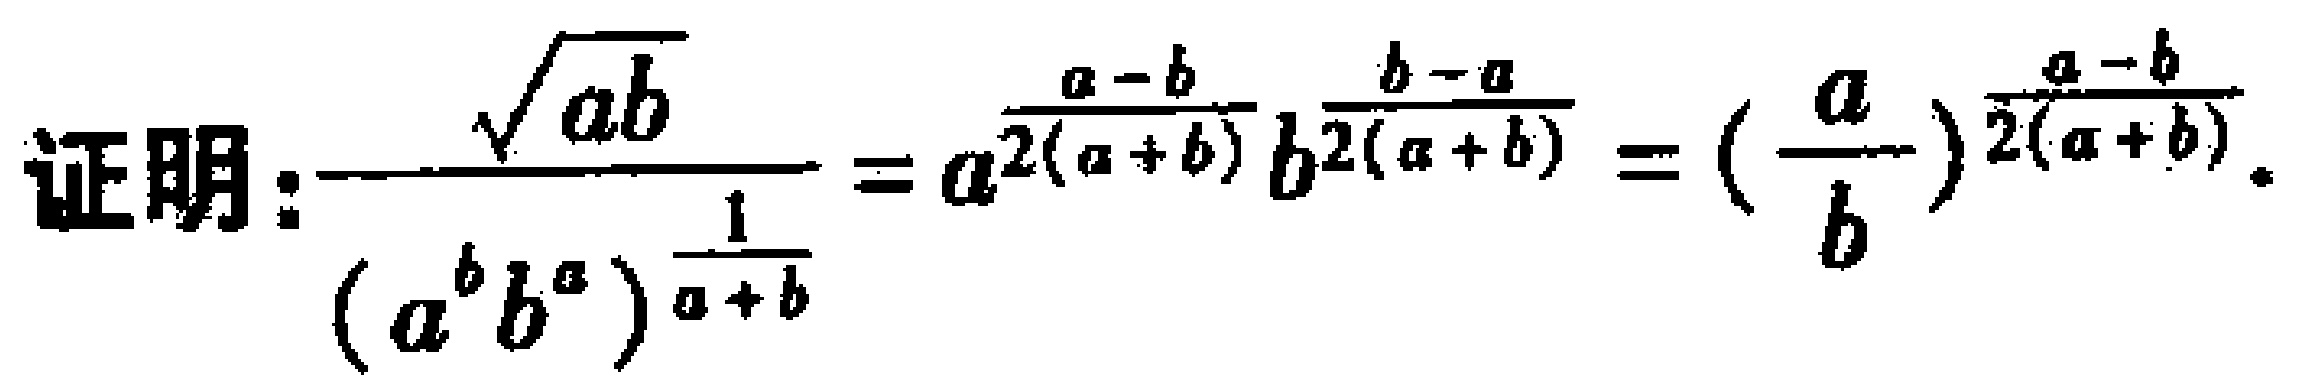
证明：\(\frac{\sqrt{ab}}{(a^{b}b^{a})^{\frac{1}{a + b}}}=a^{\frac{a - b}{2(a + b)}}b^{\frac{b - a}{2(a + b)}}=(\frac{a}{b})^{\frac{a - b}{2(a + b)}}\)。